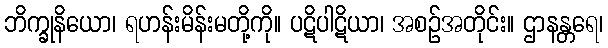
ဘိက္ခုနိယော၊ ရဟန်းမိန်းမတို့ကို။ ပဋိပါဋိယာ၊ အစဉ်အတိုင်း။ ဌာနန္တရေ၊